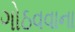
ગોઠવવાના